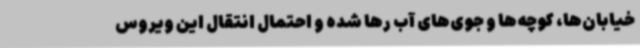
خیابان‌ها، کوچه‌ها و جوی‌های آب رها شده‌ و احتمال انتقال این ویروس